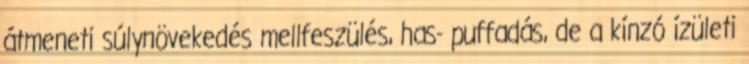
átmeneti súlynövekedés mellfeszülés, has- puffadás, de a kínzó ízületi